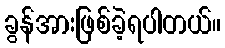
ခွန်အားဖြစ်ခဲ့ရပါတယ်။